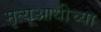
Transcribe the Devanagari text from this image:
मृत्यूआधीच्या